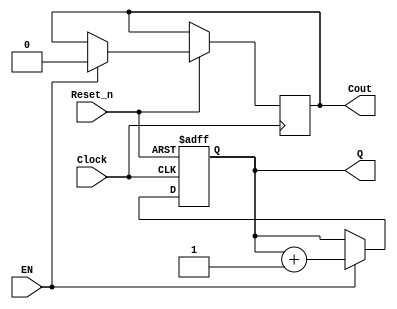
/*
____________ MODULE COUNTER ____________
Module Counter with:
	- Input: EN, Clock, Reset.
	- Output: Q, C_out.
	- Parameter: n - bit; k - modk.
*/
module counter(EN,Clock,Reset_n,Q,Cout);
		parameter n = 4;
		parameter k = 5000000000000;
		input EN,Clock, Reset_n;
		output [n-1:0] Q;
		reg [n-1:0] Q;
		output Cout;
		reg Cout;
		always @(posedge Clock or negedge Reset_n)
			begin
				if (~Reset_n)
					Q <= 1'd0;
				else
					if(Q == k - 1)
					begin
						Q <= 1'd0;
						Cout <= 1'd1;
					end
					else
						if(EN)
						begin
							Q <= Q + 1'b1;
							Cout <= 1'd0;
						end
			end
endmodule